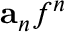
\mathbf { a } _ { n } f ^ { n }